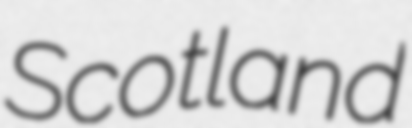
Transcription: Scotland